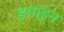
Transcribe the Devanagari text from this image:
इयाइन